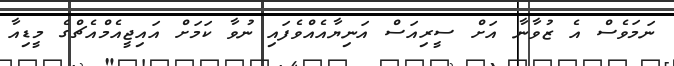
ނަމަވެސް އެ ޒުވާނާ އަށް ސީރިއަސް އަނިޔާއެއްވެފައި ނުވާ ކަމަށް އައިޖީއެމްއެޗްގެ މީޑިއާ